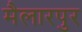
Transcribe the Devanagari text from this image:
मैलारपुर